Annual administration report of the Civil Veterinary Department of India - 1908-1909
Year: 1908
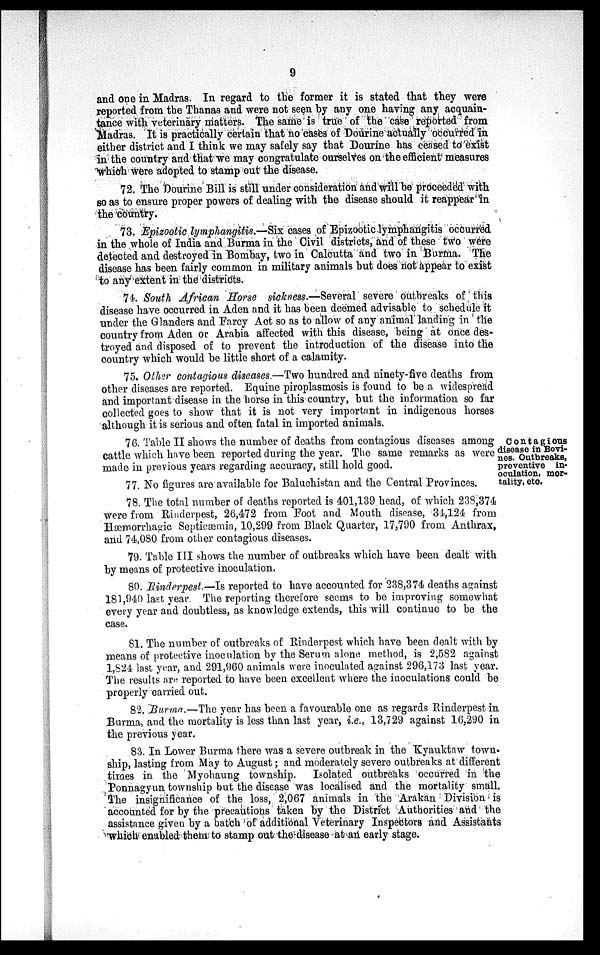
9
and one in Madras. In regard to the former it is stated that they were
reported from the Thanas and were not seen by any one having any acquain-
tance with veterinary matters. The same is true of the case reported from
Madras. It is practically certain that no cases of Dourine actually occurred in
either district and I think we may safely say that Dourine has ceased to exist
in the country and that we may congratulate ourselves on the efficient measures
which were adopted to stamp out the disease.
72. The Dourine Bill is still under consideration and will be proceeded with
so as to ensure proper powers of dealing with the disease should it reappear in
the country.
73. Epizootic lymphangitis.—Six cases of Epizootic lymphangitis occurred
in the whole of India and Burma in the Civil districts, and of these two were
detected and destroyed in Bombay, two in Calcutta and two in Burma. The
disease has been fairly common in military animals but does not appear to exist
to any extent in the districts.
74. South African Horse sickness.—Several severe outbreaks of this
disease have occurred in Aden and it has been deemed advisable to schedule it
under the Glanders and Farcy Act so as to allow of any animal landing in the
country from Aden or Arabia affected with this disease, being at once des-
troyed and disposed of to prevent the introduction of the disease into the
country which would be little short of a calamity.
75. Other contagious diseases.—Two hundred and ninety-five deaths from
other diseases are reported. Equine piroplasmosis is found to be a widespread
and important disease in the horse in this country, but the information so far
collected goes to show that it is not very important in indigenous horses
although it is serious and often fatal in imported animals.
Contagious
disease in Bovi-
nes. Outbreaks,
preventive in-
oculation, mor-
tality, etc.
76. Table II shows the number of deaths from contagious diseases among
cattle which have been reported during the year. The same remarks as were
made in previous years regarding accuracy, still hold good.
77. No figures are available for Baluchistan and the Central Provinces.
78. The total number of deaths reported is 401,139 head, of which 238,374
were from Rinderpest, 26,472 from Foot and Mouth disease, 34,124 from
Hæmorrhagic Septicæmia, 10,299 from Black Quarter, 17,790 from Anthrax,
and 74,080 from other contagious diseases.
79. Table III shows the number of outbreaks which have been dealt with
by means of protective inoculation.
80. Rinderpest.—Is reported to have accounted for 238,374 deaths against
181,940 last year. The reporting therefore seems to be improving somewhat
every year and doubtless, as knowledge extends, this will continue to be the
case.
81. The number of outbreaks of Rinderpest which have been dealt with by
means of protective inoculation by the Serum alone method, is 2,582 against
1,824 last year, and 291,960 animals were inoculated against 296,173 last year.
The results are reported to have been excellent where the inoculations could be
properly carried out.
82. Burma.—The year has been a favourable one as regards Rinderpest in
Burma, and the mortality is less than last year, i.e., 13,729 against 16,290 in
the previous year.
83. In Lower Burma there was a severe outbreak in the Kyauktaw town-
ship, lasting from May to August; and moderately severe outbreaks at different
times in the Myohaung township. Isolated outbreaks occurred in the
Ponnagyun township but the disease was localised and the mortality small.
The insignificance of the loss, 2,067 animals in the Arakan Division is
accounted for by the precautions taken by the District Authorities and the
assistance given by a batch of additional Veterinary Inspectors and Assistants
which enabled them to stamp out the disease at an early stage.